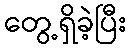
တွေ့ရှိခဲ့ပြီး